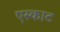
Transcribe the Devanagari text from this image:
एस्काट